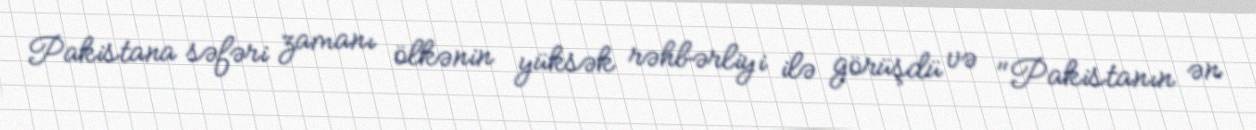
Pakistana səfəri zamanı ölkənin yüksək rəhbərliyi ilə görüşdü və "Pakistanın ən